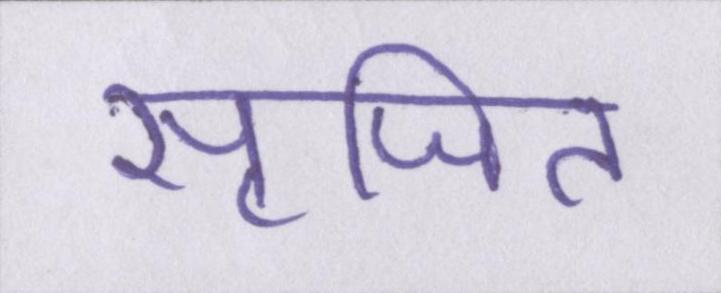
सृजित